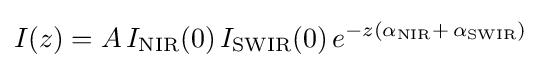
I(z)=A\,I_{\mathrm {NIR} }(0)\,I_{\mathrm {SWIR} }(0)\,e^{-z(\alpha _{\mathrm {NIR} }+\,\alpha _{\mathrm {SWIR} })}